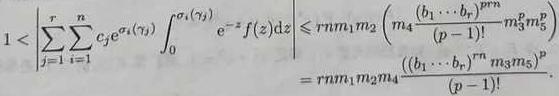
$1<\left|\sum_{j=1}^{r} \sum_{i=1}^{n} c_{j} e^{\alpha_{i}\left(\gamma_{j}\right)} \int_{0}^{\alpha_{i}\left(\gamma_{j}\right)} e^{-z} f(z) d z\right| \leqslant r n m_{1} m_{2}\left(m_{4} \frac{\left(b_{1} \cdots b_{r}\right)^{p m}}{(p-1) !} m_{3}^{p} m_{5}^{p}\right)\\
= r n m_{1} m_{2} m_{4} \frac{\left(b_{1} \cdots b_{r}\right)^{p m}}{(p-1) !} m_{3}^{p} m_{5}^{p}.$